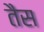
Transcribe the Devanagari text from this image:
तैस